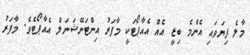
މާލެ ފިޔަވައި އެންމެ ބިޒީ އެއް އެއާޕޯޓަކީ މާފަރު އިންޓަނޭޝަނަލް އެއާޕޯޓެވެ. މާފަރު